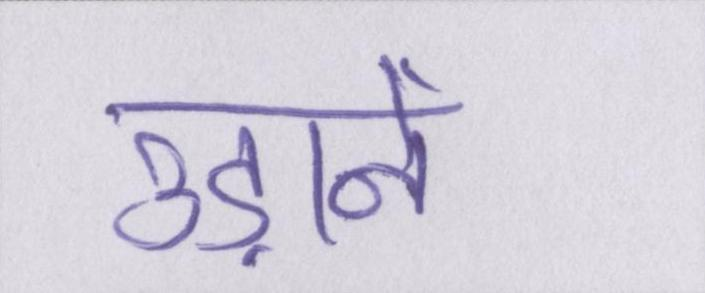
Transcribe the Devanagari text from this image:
उड़ानें